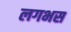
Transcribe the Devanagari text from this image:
लगभस